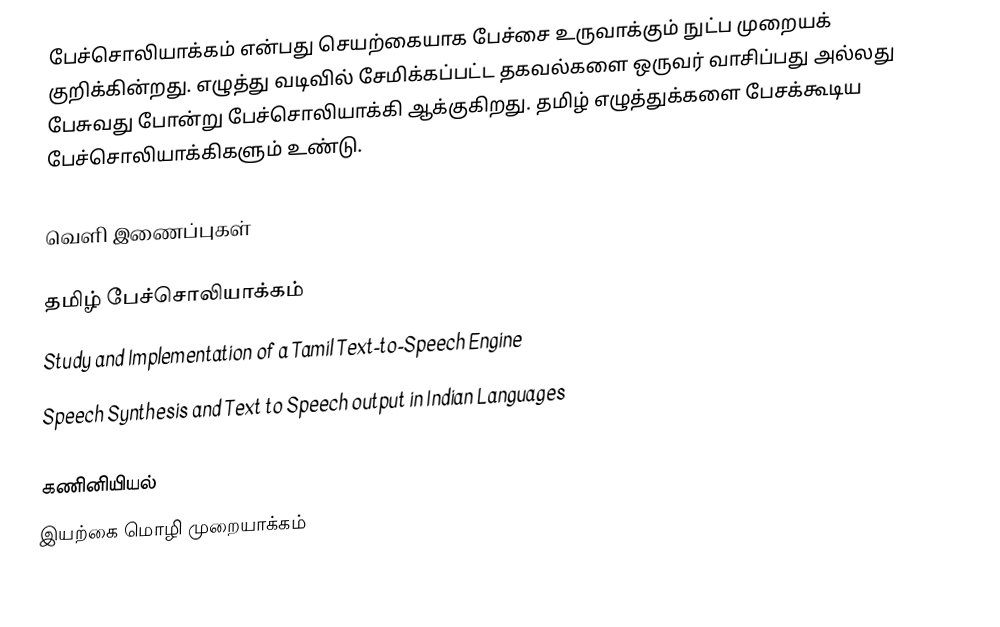
பேச்சொலியாக்கம் என்பது செயற்கையாக பேச்சை உருவாக்கும் நுட்ப முறையக் குறிக்கின்றது. எழுத்து வடிவில் சேமிக்கப்பட்ட தகவல்களை ஒருவர் வாசிப்பது அல்லது பேசுவது போன்று பேச்சொலியாக்கி ஆக்குகிறது. தமிழ் எழுத்துக்களை பேசக்கூடிய பேச்சொலியாக்கிகளும் உண்டு.

வெளி இணைப்புகள்

தமிழ் பேச்சொலியாக்கம்
 Study and Implementation of a Tamil Text-to-Speech Engine
 Speech Synthesis and Text to Speech output in Indian Languages

கணினியியல்
இயற்கை மொழி முறையாக்கம்